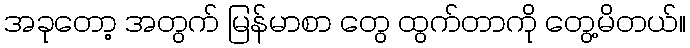
အခုတော့ အတွက် မြန်မာစာ တွေ ထွက်တာကို တွေ့မိတယ်။